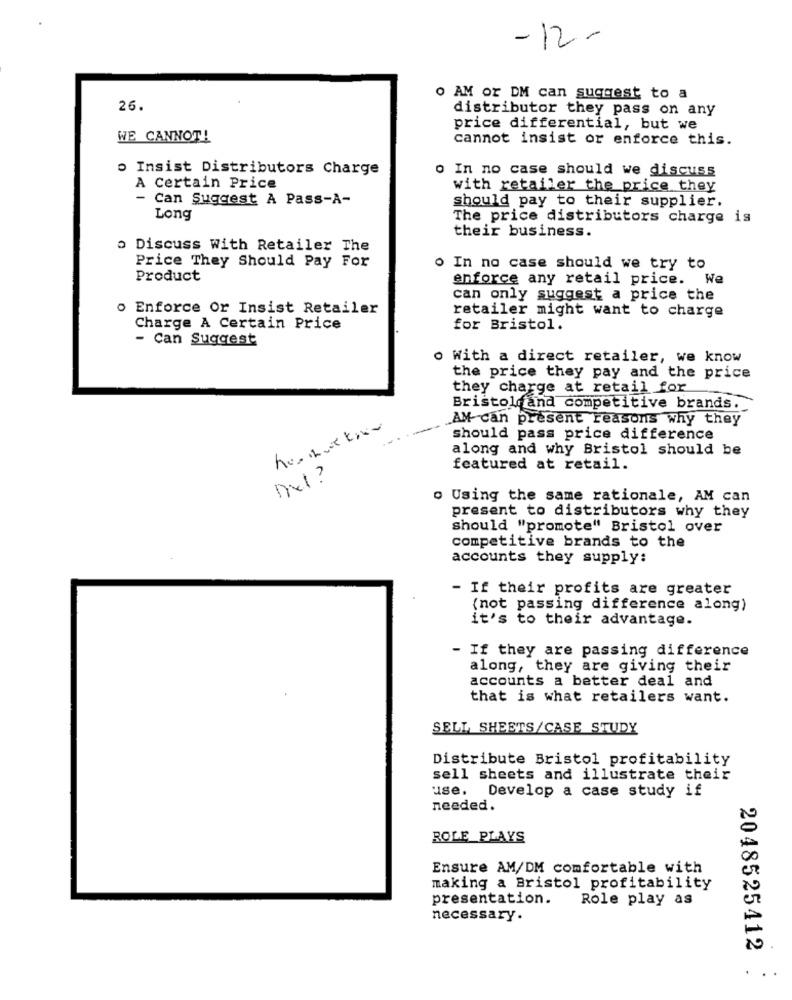
-12-
O AM or DM can suggest to a
26.
distributor they pass on any
price differential, but we
WE CANNOT!
cannot insist or enforce this.
o Insist Distributors Charge
o In no case should we discuss
A Certain Price
with retailer the price they
- Can Suggest A Pass-A-
should pay to their supplier.
Long
The price distributors charge is
their business.
o Discuss With Retailer The
Price They Should Pay For
o In no case should we try to
Product
enforce any retail price. We
can only suggest a price the
o Enforce Or Insist Retailer
retailer might want to charge
Charge A Certain Price
for Bristol.
- Can Suggest
o With a direct retailer, we know
the price they pay and the price
they charge at retail for
Bristoland competitive brands.
AM can present reasons why they
-
should pass price difference
along and why Bristol should be
featured at retail.
Del ?
o Using the same rationale, AM can
present to distributors why they
should "promote" Bristol over
competitive brands to the
accounts they supply:
- If their profits are greater
(not passing difference along)
it's to their advantage.
- If they are passing difference
along, they are giving their
accounts a better deal and
that is what retailers want.
SELL SHEETS/CASE STUDY
Distribute Bristol profitability
sell sheets and illustrate their
use.
Develop a case study if
needed.
ROLE PLAYS
Ensure AM/DM comfortable with
making a Bristol profitability
presentation.
Role play as
necessary.
2048525412